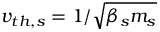
v _ { t h , s } = 1 / \sqrt { \beta _ { s } m _ { s } }